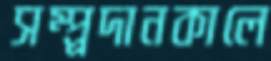
সম্প্র্রদানকালে